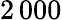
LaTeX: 2\, 000